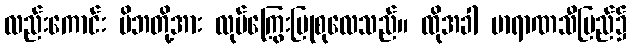
လည်းကောင်း မိဘတို့အား လုပ်ကြွေးပြုစုလေသည်။ ထိုအခါ ဗာရာဏသီပြည်၌